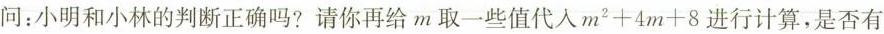
问：小明和小林的判断正确吗?请你再给m取一些值代入$$m^{ 2 } + 4 m + 8$$进行计算，是否有